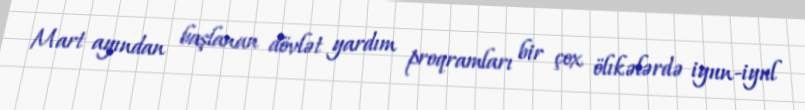
Mart ayından başlanan dövlət yardım proqramları bir çox ölıkələrdə iyun-iyul